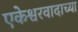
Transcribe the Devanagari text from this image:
एकेश्वरवादाच्या